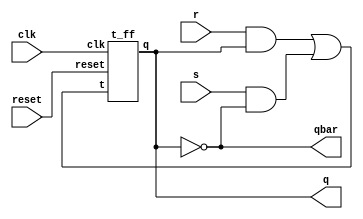
module sr_using_t(input clk,reset,s,r, output q,qbar);
   wire w1;
   assign w1 = (r&q)|(s&qbar);
   t_ff TF(clk,reset,w1,q);
   assign qbar = ~q;
endmodule
module t_ff(input clk,reset,t,output reg q);
  always@(posedge clk) begin
    if(reset)
      q <= 1'b0;
    else begin 
      if(t)
        q<= ~q;
      else
        q<= q;                     
    end
  end
endmodule